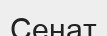
Сенат